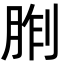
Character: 𪱢